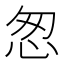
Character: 怱